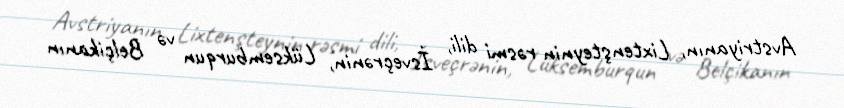
Avstriyanın, Lixtenşteynin rəsmi dili, İsveçrənin, Lüksemburqun və Belçikanın